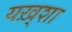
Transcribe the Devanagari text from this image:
यख़्शा